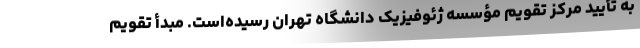
به تأیید مرکز تقویم مؤسسه ژئوفیزیک دانشگاه تهران رسیده‌است. مبدأ تقویم